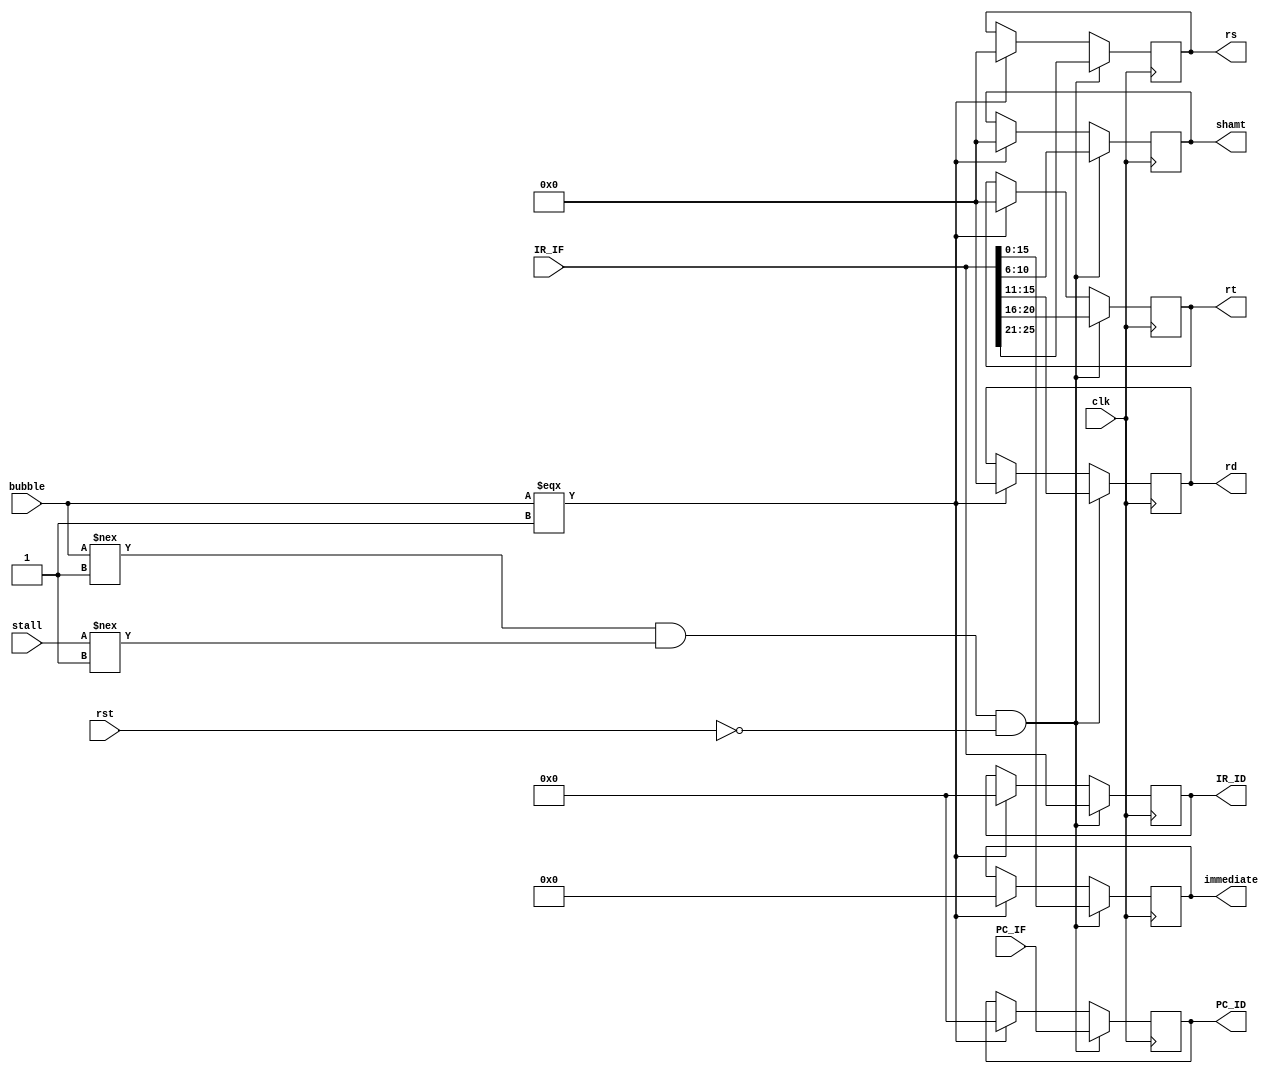
module IFIDReg (
    input clk,
    input rst,
    input bubble,
    input stall,
    input [31:0] IR_IF,
    input [31:0] PC_IF,
    output reg [31:0] IR_ID,
    output reg [31:0] PC_ID,
    output reg [4:0] rs,
    output reg [4:0] rt,
    output reg [4:0] rd,
    output reg [4:0] shamt,
    output reg [15:0] immediate
);
    reg Stall;

    always @(posedge clk) begin
        if ((stall === 1'b1) & (Stall !== 1'b1)) begin
            Stall = 1'b1;
        end
        else if ((stall === 1'b1) & (Stall === 1'b1) | (stall !== 1'b1)) begin
            Stall = 1'b0;
        end
        if (bubble !== 1 & stall !== 1 & ~rst) begin
            IR_ID <= IR_IF;
            PC_ID <= PC_IF;
            rs = IR_IF[25:21];
            rt = IR_IF[20:16];
            rd = IR_IF[15:11];
            shamt = IR_IF[10:6];
            immediate = IR_IF[15:0];
        end
        else if (bubble === 1) begin
            IR_ID <= 0;
            PC_ID <= 0;
            rs = 0;
            rt = 0;
            rd = 0;
            shamt = 0;
            immediate = 0;
        end
    end

endmodule